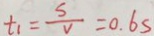
t _ { 1 } = \frac { s } { v } = 0 . 6 s